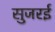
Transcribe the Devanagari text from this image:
सुजरई